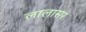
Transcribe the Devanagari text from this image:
लालासर